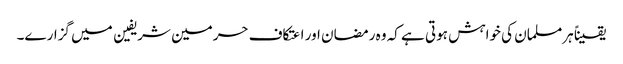
یقیناً ہرمسلمان کی خواہش ہوتی ہے کہ وہ رمضان اور اعتکاف حرمین شریفین میں گزارے۔